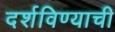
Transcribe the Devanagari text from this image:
दर्शविण्याची